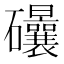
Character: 𥘀